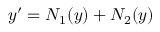
y ^ { \prime } = N _ { 1 } ( y ) + N _ { 2 } ( y )